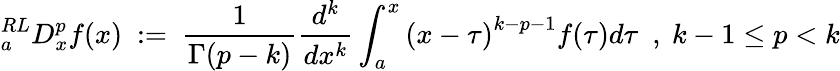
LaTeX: {}_{a}^{RL}D_{x}^{p}f(x)~:=~{\frac{1}{\Gamma(p-k)}}{\frac{d^{k}}{dx^{k}}}\int_{a}^{x}{(x-\tau)}^{k-p-1}f(\tau)d\tau~~,~k-1\leq p<k